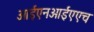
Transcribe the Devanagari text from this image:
आईएनआईएएच